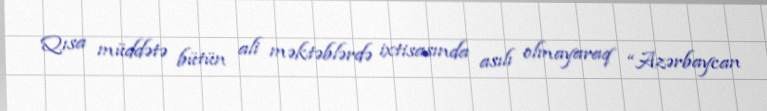
Qısa müddətə bütün ali məktəblərdə ixtisasında asılı olmayaraq “Azərbaycan